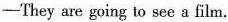
—They are going to see a film.